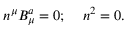
n ^ { \mu } B _ { \mu } ^ { a } = 0 ; \; \; \; \; n ^ { 2 } = 0 .